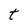
Character: t